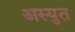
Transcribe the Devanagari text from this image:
अस्युत